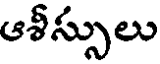
ఆశీస్సులు